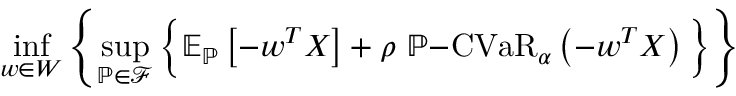
\operatorname* { i n f } _ { \boldsymbol { w } \in W } \left\{ \operatorname* { s u p } _ { \mathbb { P } \in \mathcal { F } } \Big \{ \mathbb { E } _ { \mathbb { P } } \left[ - \boldsymbol { w } ^ { T } \boldsymbol { X } \right] + \rho \ \mathbb { P } \mathrm { - C V a R } _ { \alpha } \left( - \boldsymbol { w } ^ { T } \boldsymbol { X } \right) \Big \} \right\}